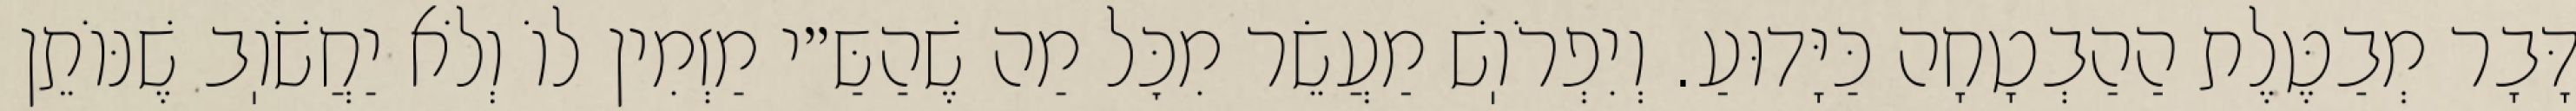
דָּבָר מְבַטֶּלֶת הַהַבְטָחָה כַּיָּדוּעַ. וְיִפְרֹוֽשׁ מַעֲשֵׂר מִכׇּל מַה שֶׁהַשַּ״י מַזְמִין לוֹ וְלֹא יַחֲשֹׁוֽב שֶׁנּוֹתֵן